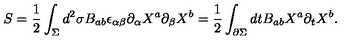
S = \frac { 1 } { 2 } \int _ { \Sigma } d ^ { 2 } \sigma B _ { a b } \epsilon _ { \alpha \beta } \partial _ { \alpha } X ^ { a } \partial _ { \beta } X ^ { b } = \frac { 1 } { 2 } \int _ { \partial \Sigma } d t B _ { a b } X ^ { a } \partial _ { t } X ^ { b } .